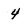
Character: 4